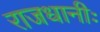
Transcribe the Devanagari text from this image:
राजधानीः